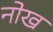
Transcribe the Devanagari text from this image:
नोख